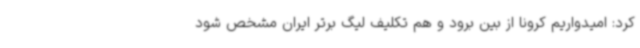
کرد: امیدواریم کرونا از بین برود و هم تکلیف لیگ برتر ایران مشخص شود